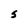
Character: S